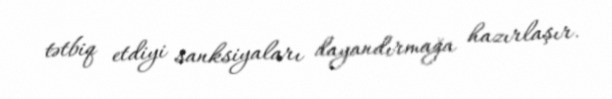
tətbiq etdiyi sanksiyaları dayandırmağa hazırlaşır.